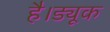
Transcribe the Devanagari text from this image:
है।ड्यूक